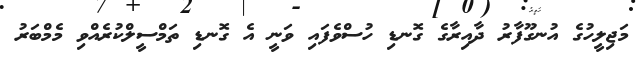
މަޖިލީހުގެ އުނގޫފާރު ދާއިރާގެ ގޮނޑި ހުސްވެފައި ވަނީ އެ ގޮނޑި ތަމްސީލްކުރެއްވި މެމްބަރު